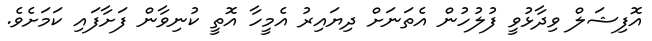
އޮފިޝަލް ވިދާޅުވީ ފުލުހުން އެތަނަށް ދިޔައިރު އެމީހާ އޮތީ ކުނިވާން ފަށާފައި ކަމަށެވެ.